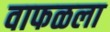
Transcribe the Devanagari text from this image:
वाफळला